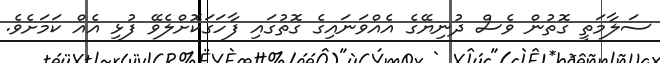
ސަލާމަތީ ގޮތުން ވެސް ދުނިޔޭގެ އެއްވަނައިގެ ގޮތުގައި ފާހަގަކޮށްލެވޭ ފުޅި އެއް ކަމަށެވެ.